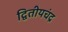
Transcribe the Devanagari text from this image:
द्वितीयचंद्र